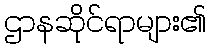
ဌာနဆိုင်ရာများ၏